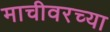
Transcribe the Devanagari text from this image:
माचीवरच्या